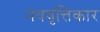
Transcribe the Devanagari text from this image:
नववृत्तिकार